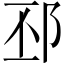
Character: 邳